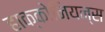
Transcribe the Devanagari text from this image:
हाक्कोनियन्स